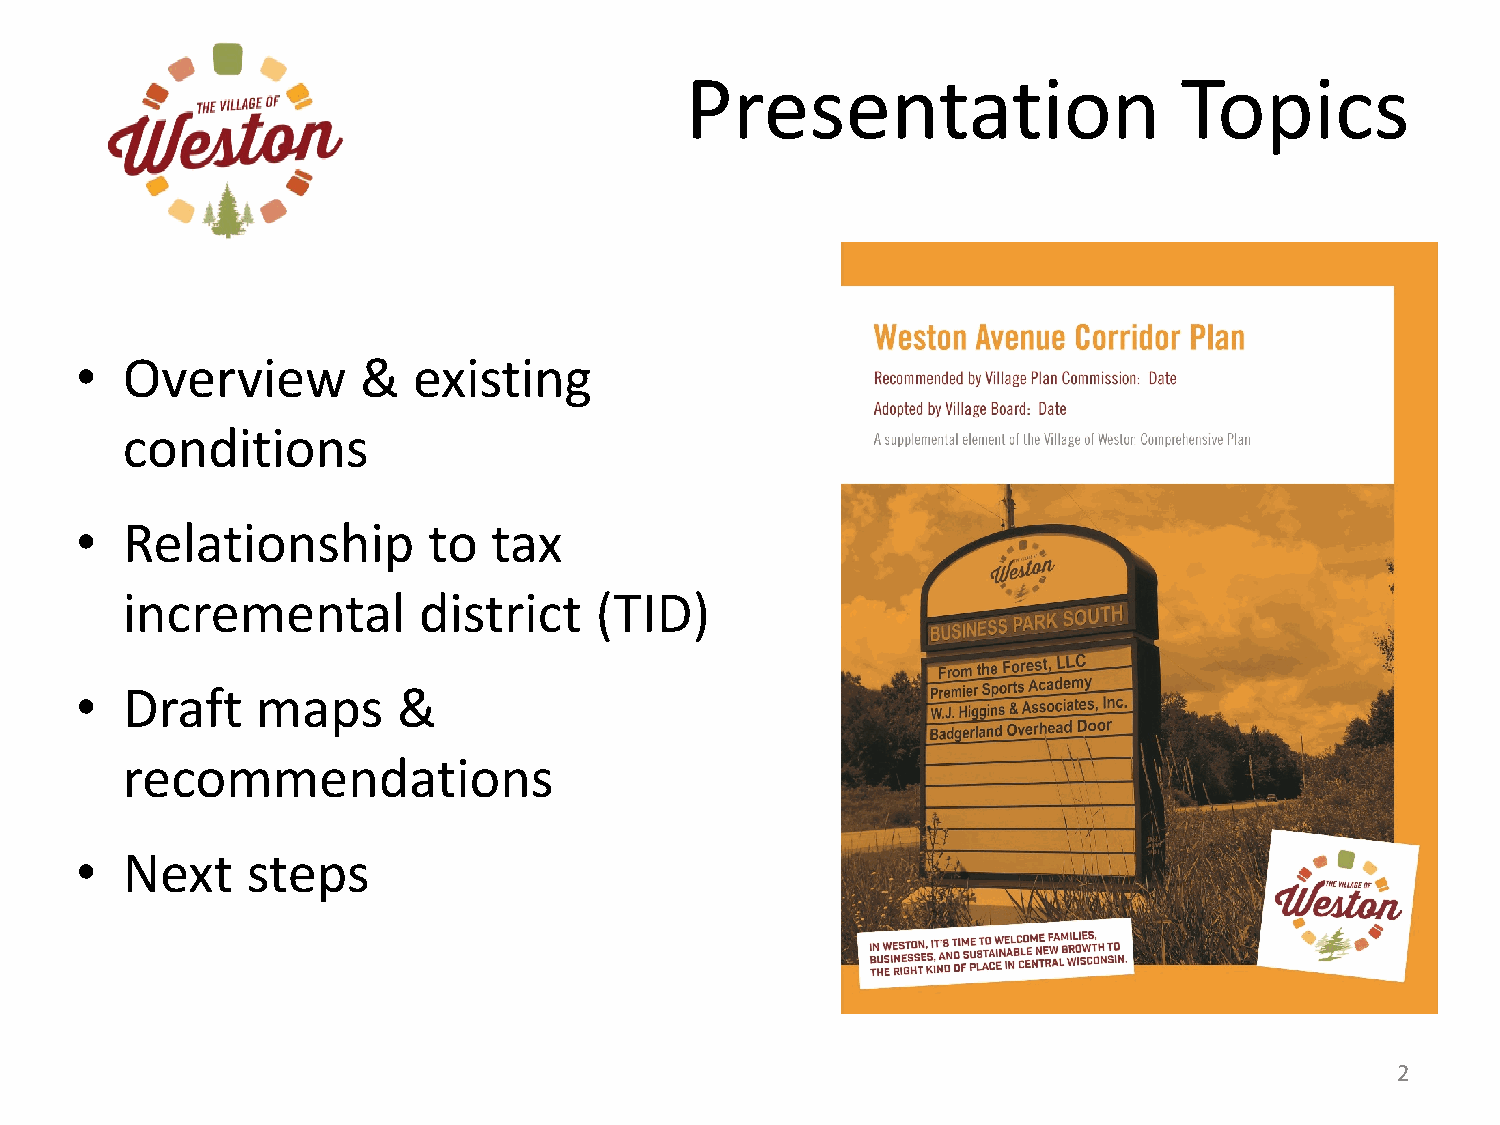
Presentation                     Topics
 •  Overview        &  existing
 conditions
 •  Relationship        to   tax
 incremental         district   (TID)
 •  Draft    maps     &
 recommendations
 •  Next    steps
 2